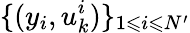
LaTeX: \{ (y_{i},u_{k}^{i})\} _{1\leqslant i\leqslant N^{\prime}}